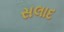
સલાદ